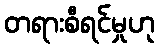
တရားစီရင်မှုဟု